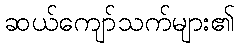
ဆယ်ကျော်သက်များ၏